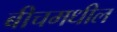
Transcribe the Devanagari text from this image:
बीचमधील